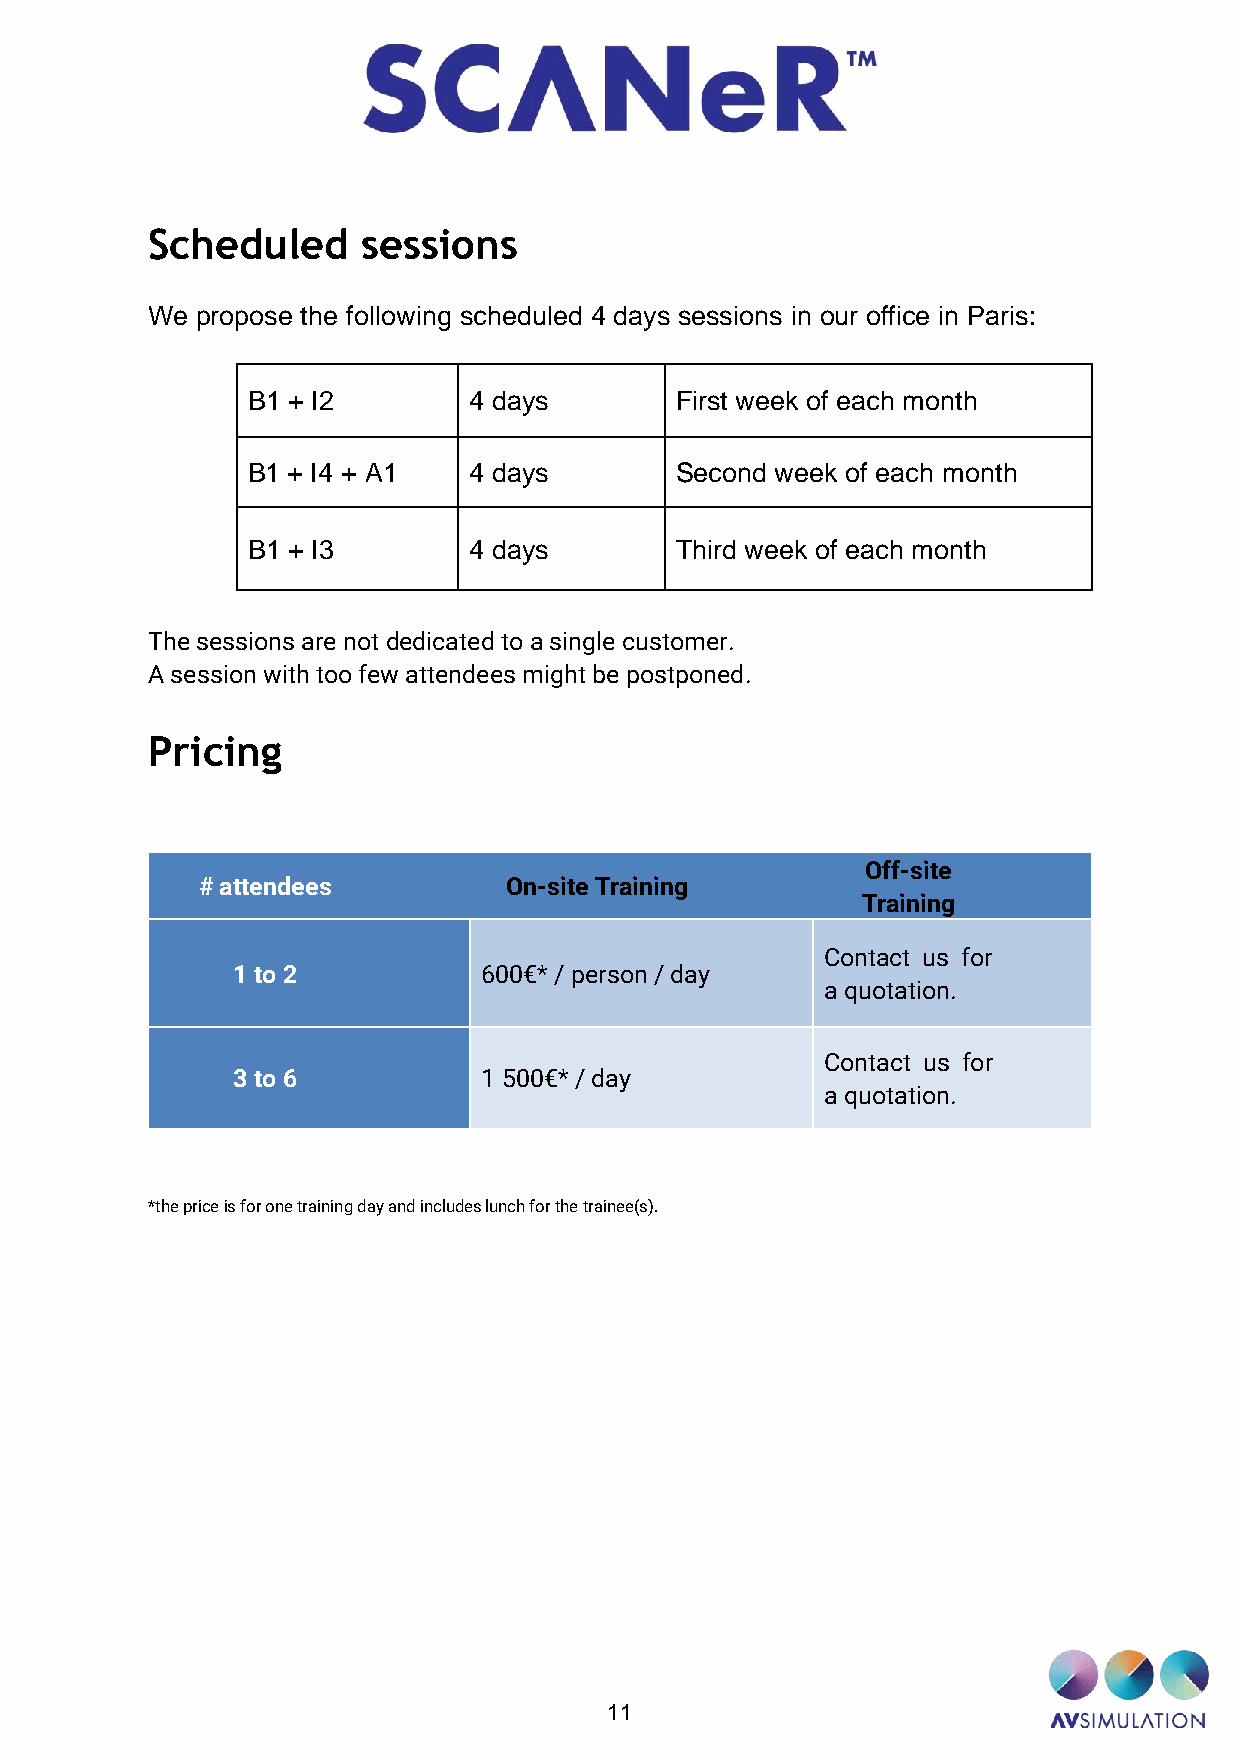
Scheduled     sessions
 We propose the following scheduled 4 days sessions in our office in Paris:
 B1 + I2        4 days        First week of each month
 B1 + I4 + A1   4 days        Second week of each month
 B1 + I3        4 days        Third week of each month
 The sessions are not dedicated to a single customer.
 A session with too few attendees might be postponed.
 Pricing
 Off-site
 # attendees         On-site Training
 Training
 Contact us for
 1 to 2           600€* / person / day
 a quotation.
 Contact us for
 3 to 6           1 500€* / day
 a quotation.
 *the price is for one training day and includes lunch for the trainee(s).
 11